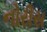
નોરીસ